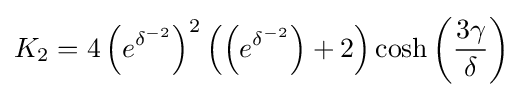
K_{2}=4\left(e^{\delta ^{-2}}\right)^{2}\left(\left(e^{\delta ^{-2}}\right)+2\right)\cosh \left({\frac {3\gamma }{\delta }}\right)